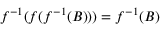
f ^ { - 1 } ( f ( f ^ { - 1 } ( B ) ) ) = f ^ { - 1 } ( B )